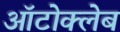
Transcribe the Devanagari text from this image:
ऑटोक्लेब